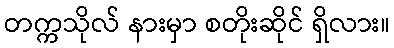
တက္ကသိုလ် နားမှာ စတိုးဆိုင် ရှိလား။